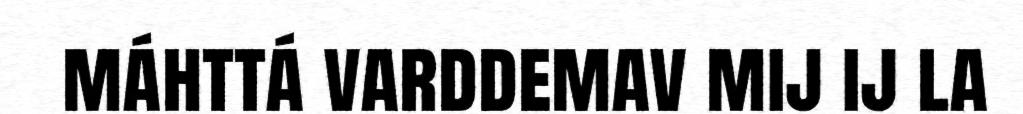
máhttá varddemav mij ij la